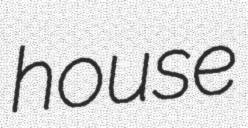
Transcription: house